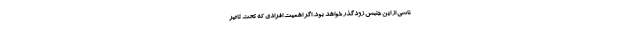
ناشی از این جنبش زودگذر خواهد بود. اگر اهمیت افرادی که تحت تاثیر